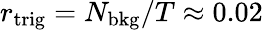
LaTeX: r_{\mathrm{trig}}=N_{\mathrm{bkg}}/T\approx 0.02